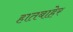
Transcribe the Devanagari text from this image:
हातबाहेर